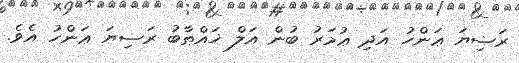
ރަޟިޔަ ޢަންހު އަދި ޢުމަރު ބުން އަލް ޚައްޠާބު ރަޟިޔަ ޢަންހު އެވެ.